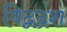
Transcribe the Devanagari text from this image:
विद्वद्वंश